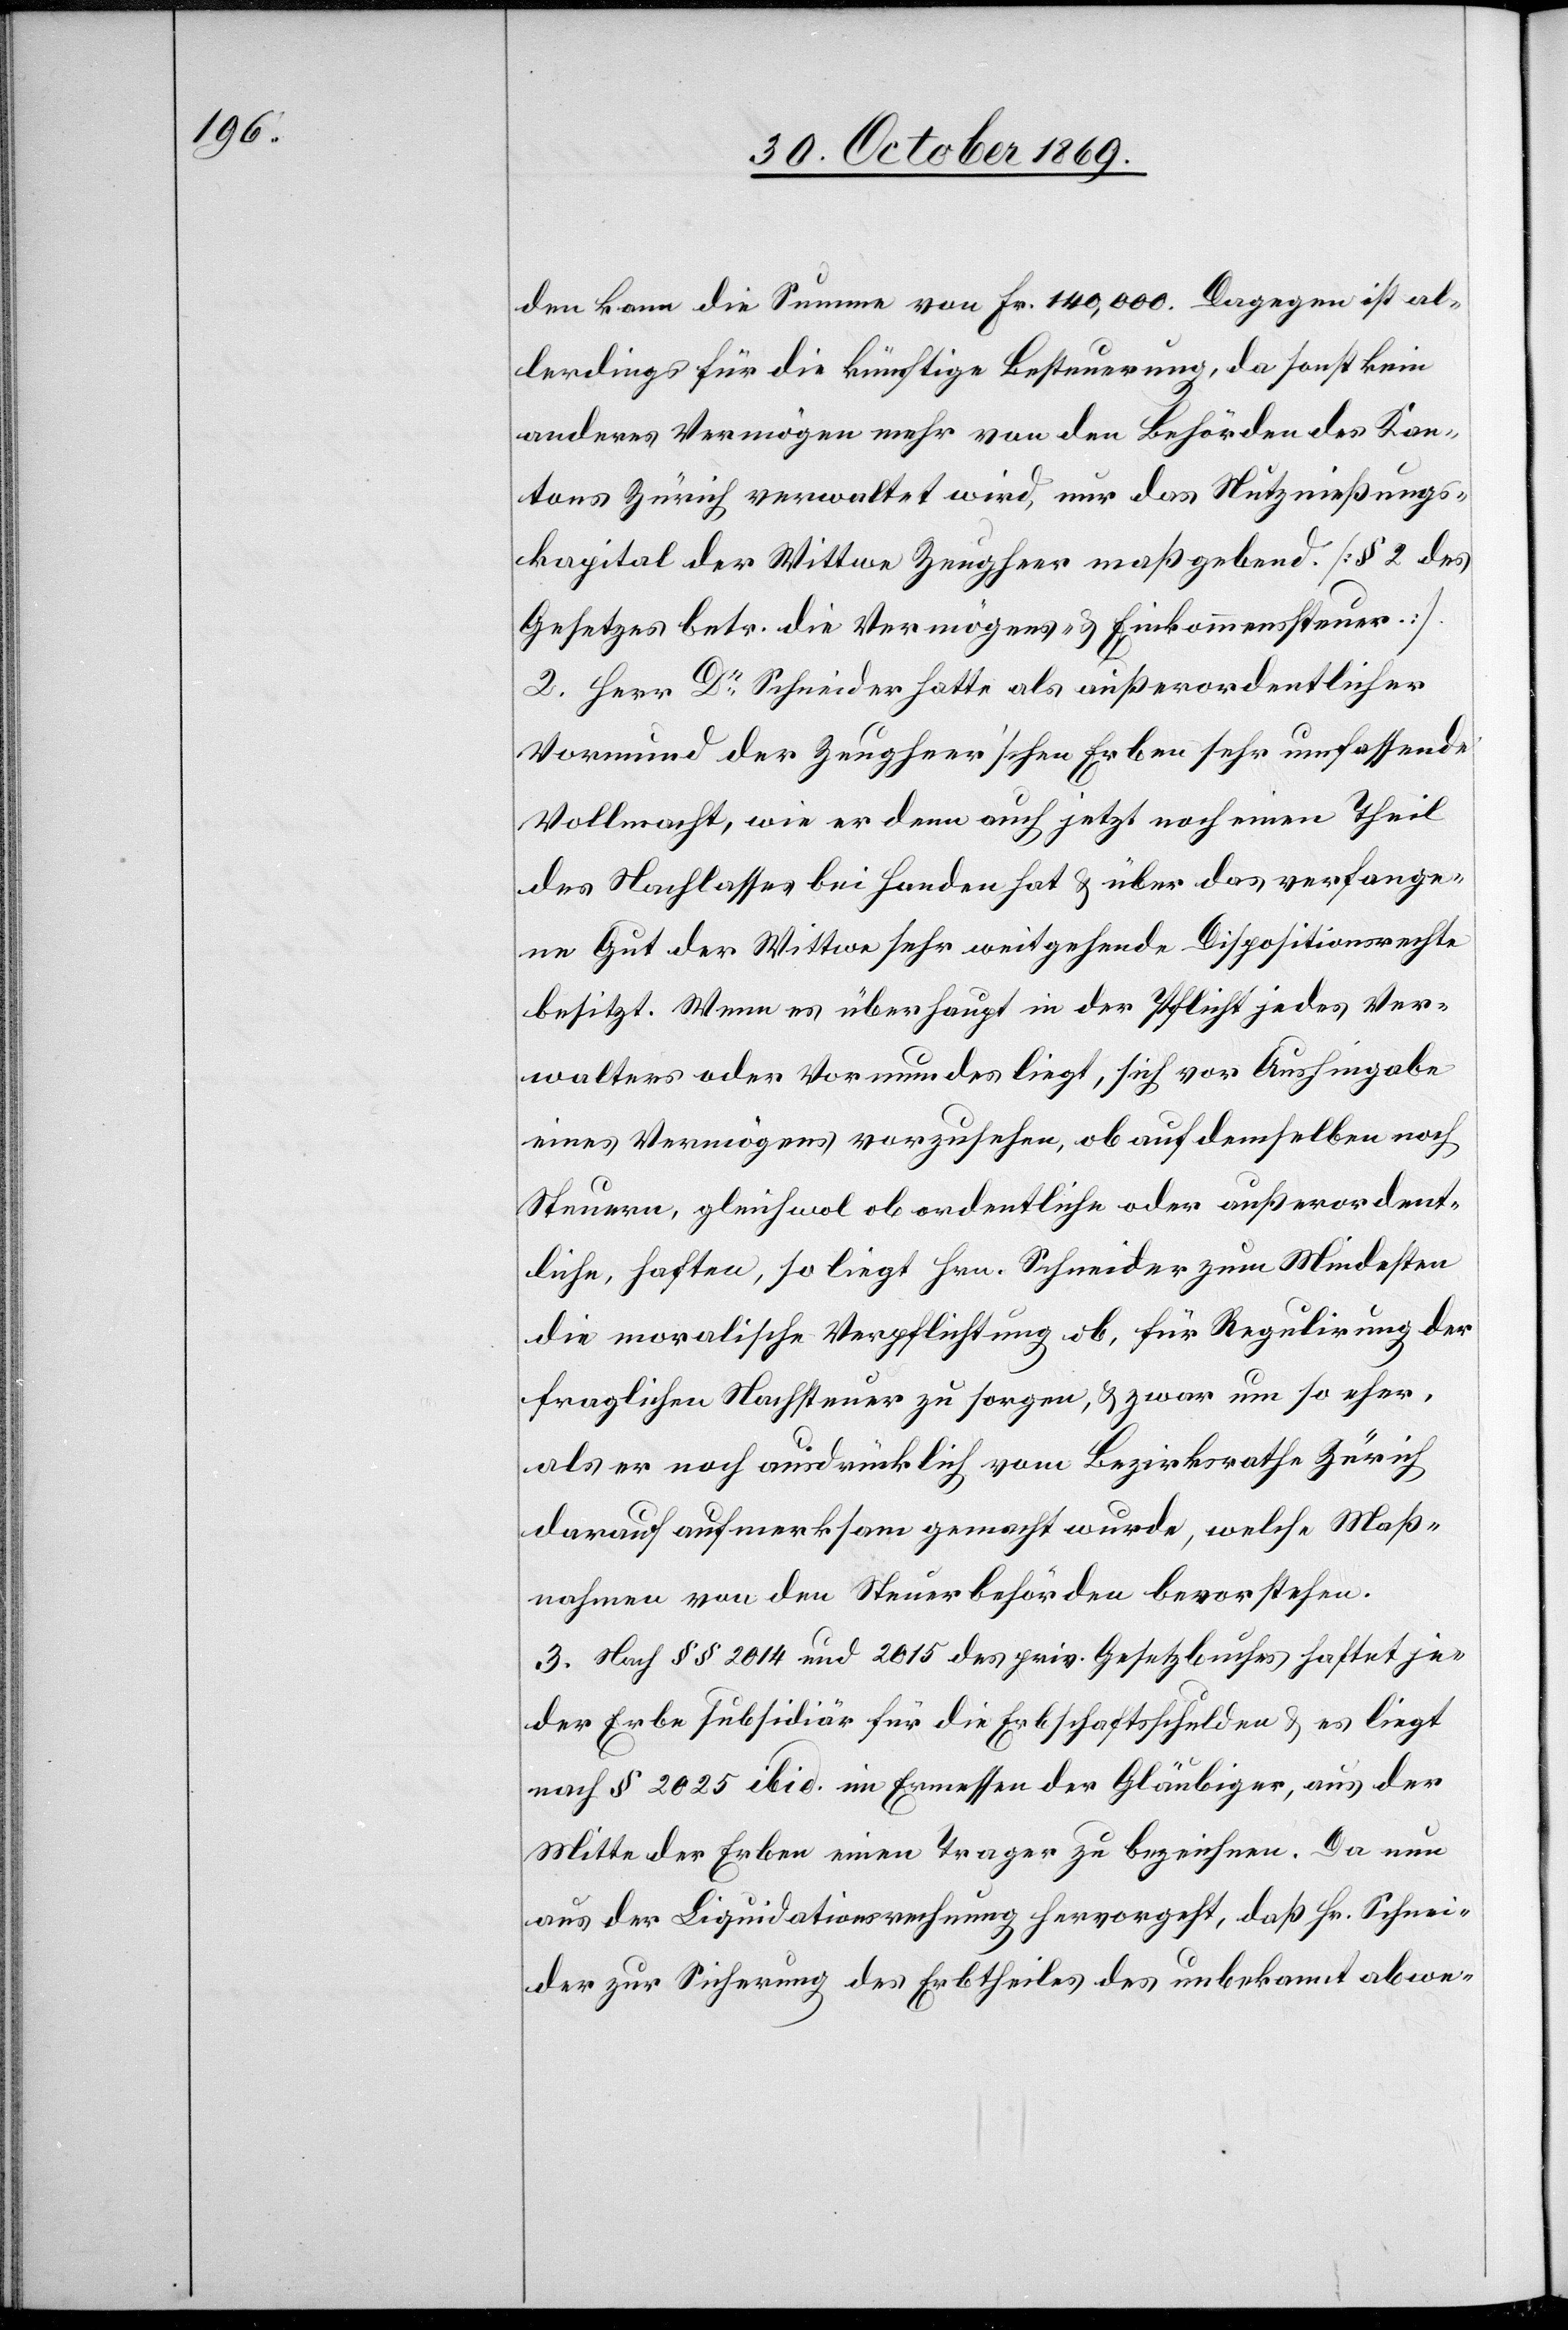
den kann die Summe von Fr. 140,000. Dagegen ist al¬
lerdings für die künftige Besteuerung, da sonst kein
anderes Vermögen mehr von den Behörden des Kan¬
tons Zürich verwaltet wird, nur das Nutznießungs¬
kapital der Wittwe Zeugheer maßgebend. [§ 2 des
Gesetzes betr. die Vermögens- & Einkommenssteuer.]
2. Herr Dr Schneider hatte als außerordentlicher
Vormund der Zeugheer’schen Erben sehr umfassende
Vollmacht, wie er denn auch jetzt noch einen Theil
des Nachlasses bei Handen hat & über das verfange¬
ne Gut der Wittwe sehr weitgehende Dispositionsrechte
besitzt. Wenn es überhaupt in der Pflicht jedes Ver¬
walters oder Vormundes liegt, sich vor Aushingabe
eines Vermögens vorzusehen, ob auf demselben noch
Steuern, gleichwol ob ordentliche oder außerordent¬
liche, haften, so liegt Hrn. Schneider zum Mindesten
die moralische Verpflichtung ob, für Regulirung der
fraglichen Nachsteuer zu sorgen, & zwar um so eher,
als er noch ausdrücklich vom Bezirksrathe Zürich
darauf aufmerksam gemacht wurde, welche Maß¬
nahmen von den Steuerbehörden bevorstehen.
3. Nach §§ 2014 und 2015 des priv. Gesetzbuches haftet je¬
der Erbe subsidiär für die Erbschaftsschulden & es liegt
nach § 2025 ibid. im Ermessen der Gläubiger, aus der
Mitte der Erben einen Trager zu bezeichnen. Da nun
aus der Liquidationsrechnung hervorgeht, daß Hr. Schnei¬
der zur Sicherung des Erbtheiles des unbekannt abwe-